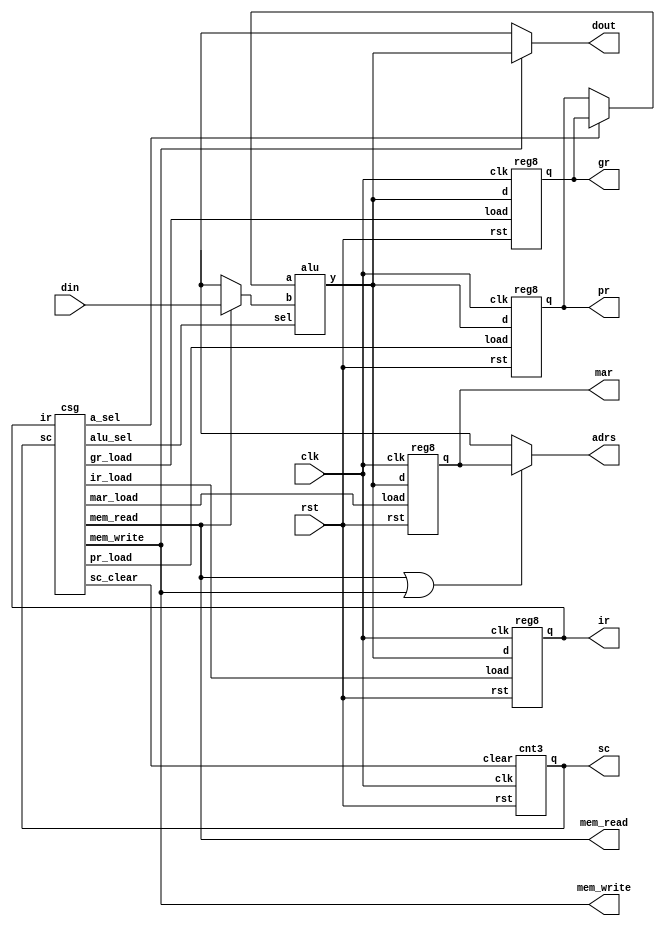
module cpu(
	clk, rst, adrs, din, dout, mem_read, mem_write, 
	pr, mar, ir, gr, sc );
	
	input  clk, rst;
	output [7:0] adrs;
	input  [7:0] din;
	output [7:0] dout;
	output mem_read;
	output mem_write;
	output [7:0] pr, mar, ir, gr;
	output [2:0] sc;
	
	wire   [7:0] a, b;
	wire   [7:0] y;
	wire   [1:0] alu_sel;
	wire   a_sel, pr_load, mar_load, ir_load, gr_load, sc_clear;
	
	assign a = ( a_sel == 1'b1 ) ? gr : pr;
	assign b = ( mem_read == 1'b1 ) ? din : 8'bxxxxxxxx;
	assign adrs = ( mem_read | mem_write == 1'b1 ) ? mar : 8'bxxxxxxxx;
	assign dout = ( mem_write == 1'b1 ) ? y : 8'bxxxxxxxx;
	
	reg8 reg_pr(  .clk(clk), .rst(rst), .load(pr_load),  .d(y), .q(pr)  );
	reg8 reg_mar( .clk(clk), .rst(rst), .load(mar_load), .d(y), .q(mar) );
	reg8 reg_ir(  .clk(clk), .rst(rst), .load(ir_load),  .d(y), .q(ir)  );
	reg8 reg_gr(  .clk(clk), .rst(rst), .load(gr_load),  .d(y), .q(gr)  );
	
	alu alu( .a(a), .b(b), .sel(alu_sel), .y(y) );
	
	cnt3 cnt_sc( .clk(clk), .rst(rst), .clear(sc_clear), .q(sc) );
	
	csg csg(
		.sc(sc), .ir(ir),
		.alu_sel(alu_sel), .a_sel(a_sel), 
		.pr_load(pr_load), .mar_load(mar_load), .ir_load(ir_load), .gr_load(gr_load), 
		.mem_read(mem_read), .mem_write(mem_write), .sc_clear(sc_clear) );
	
endmodule

module reg8(
	clk, rst, load, d, q );
	
	input  clk, rst, load;
	input  [7:0] d;
	output [7:0] q;
	reg    [7:0] q;
	
	always@( posedge clk or negedge rst ) begin
		if( rst == 1'b0 ) begin
			q <= 8'h00;
		end else if( load == 1'b1 ) begin
			q <= d;
		end
	end
endmodule

module cnt3(
	clk, rst, clear, q );
	
	input  clk, rst, clear;
	output [2:0] q;
	reg    [2:0] q;
	
	always@( posedge clk or negedge rst ) begin
		if( rst == 1'b0 ) begin
			q <= 3'h0;
		end else if( clear == 1'b1 ) begin
			q <= 3'h0;
		end else begin
			q <= q + 3'h1;
		end
	end
endmodule

module alu(
	a, b, sel, y );
	
	input  [7:0] a, b;
	input  [1:0] sel;
	output [7:0] y;
	reg    [7:0] y;
	
	always@( a or b or sel ) begin
		case( sel )
			2'b00 : y <= a;
			2'b01 : y <= b;
			2'b10 : y <= a + 1'b1;
			2'b11 : y <= a + b;
			default: y <= 8'hxx;
		endcase
	end
endmodule

module csg(
	sc, ir,
	alu_sel, a_sel, pr_load, mar_load, ir_load, gr_load,
	mem_read, mem_write, sc_clear );
	
	input  [7:0] ir;
	input  [2:0] sc;
	
	output [1:0] alu_sel;
	output a_sel, pr_load, mar_load, ir_load, gr_load;
	output mem_read, mem_write;
	output sc_clear;
	
	reg    [1:0] alu_sel;
	reg    a_sel, pr_load, mar_load, ir_load, gr_load;
	reg    mem_read, mem_write;
	reg    sc_clear;
	
	always@( ir or sc ) begin
		/* default */
		alu_sel   <= 2'bxx;
		a_sel     <= 1'bx;
		pr_load   <= 1'b0;
		mar_load  <= 1'b0;
		ir_load   <= 1'b0;
		gr_load   <= 1'b0;
		mem_read  <= 1'b0;
		mem_write <= 1'b0;
		sc_clear  <= 1'b0;
		
		case( sc )
			3'h0 : 
			begin /* 0: MAR  PR */
				a_sel <= 1'b0;
				alu_sel <= 2'b00;
				mar_load <= 1'b1;
			end
			3'h1 :
			begin /* 1: PR  PR + 1 */
				a_sel <= 1'b0;
				alu_sel <= 2'b10;
				pr_load <= 1'b1;
			end
			3'h2 :
			begin /* 2: IR  MEM[MAR] */
				mem_read <= 1'b1;
				alu_sel <= 2'b01;
				ir_load <= 1'b1;
			end
			3'h3 :
			begin
				case( ir )
					8'h01, 8'h02, 8'h03,
					8'h04, 8'h05, 8'h06: /* defined */
					begin /* 3: PR  MAR */
						a_sel <= 1'b0;
						alu_sel <= 2'b00;
						mar_load <= 1'b1;
					end
					default: /* undefined */
					begin /* 3: */
						sc_clear <= 1'b1;
					end
				endcase
			end
			3'h4 :
			begin /* 4: PR  PR + 1 */
				a_sel <= 1'b0;
				alu_sel <= 2'b10;
				pr_load <= 1'b1;
			end
			3'h5 :
			begin
				case( ir )
					8'h1 : /* LDI */
					begin /* 5: GR  MEM[MAR] */
						mem_read <= 1'b1;
						alu_sel <= 2'b01;
						gr_load <= 1'b1;
						sc_clear <= 1'b1;
					end
					8'h3 : /* ADDI */
					begin /* 5: GR  GR + MEM[MAR] */
						a_sel  <= 1'b1;
						mem_read <= 1'b1;
						alu_sel <= 2'b11;
						gr_load <= 1'b1;
						sc_clear <= 1'b1;
					end
					8'h6 : /* JUMP */
					begin /* 5: PR  MEM[MAR] */
						mem_read <= 1'b1;
						alu_sel <= 2'b01;
						pr_load <= 1'b1;
						sc_clear <= 1'b1;
					end
					8'h2, 8'h4, 8'h5:
					begin /* 5: MAR  MEM[MAR] */
						mem_read <= 1'b1;
						alu_sel <= 2'b01;
						mar_load <= 1'b1;
					end
					default:;
				endcase
			end
			3'h6 :
			begin
				case( ir )
					8'h2 : /* LD */
					begin /* 6: GR  MEM[MAR] */
						mem_read <= 1'b1;
						alu_sel <= 2'b01;
						gr_load <= 1'b1;
						sc_clear <= 1'b1;
					end
					8'h4 : /* ADD */
					begin /* 6: GR  GR + MEM[MAR] */
						a_sel  <= 1'b1;
						mem_read <= 1'b1;
						alu_sel <= 2'b11;
						gr_load <= 1'b1;
						sc_clear <= 1'b1;
					end
					8'h5 : /* ST */
					begin /* 6: MEM[MAR]  GR */
						a_sel <= 1'b1;
						alu_sel <= 2'b00;
						mem_write <= 1'b1;
						sc_clear <= 1'b1;
					end
					default:;
				endcase
			end
			default:;
		endcase
	end
endmodule